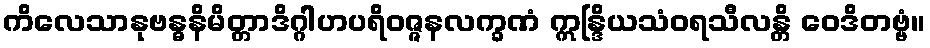
ကိလေသာနုဗန္ဓနိမိတ္တာဒိဂ္ဂါဟပရိဝဇ္ဇနလက္ခဏံ ဣန္ဒြိယသံဝရသီလန္တိ ဝေဒိတဗ္ဗံ။